Annual administration report of the Civil Veterinary Department of India - 1898-1899
Year: 1898
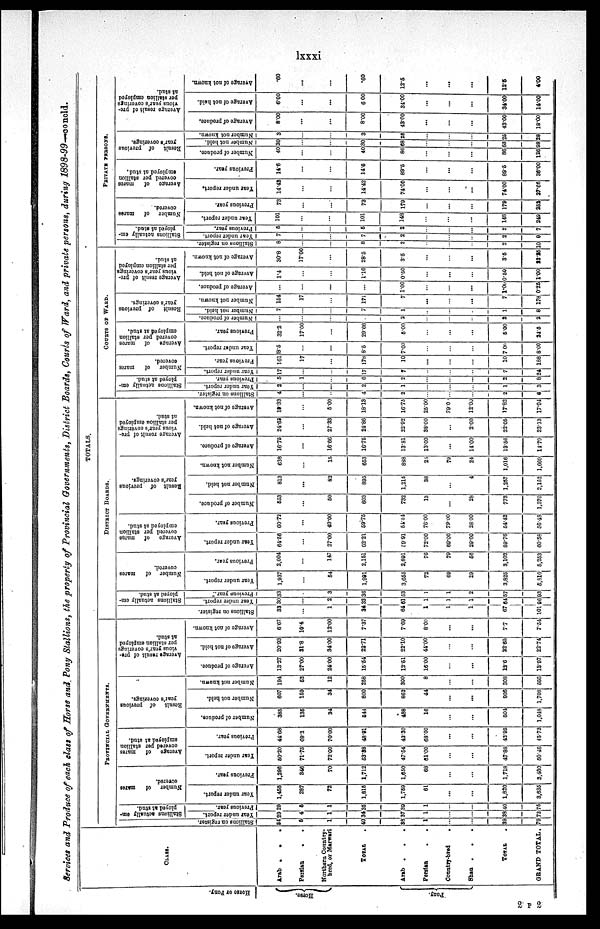
lxxxi
Services and Produce of each class of Horse and Pony Stallions, the property of Provincial Governments, District Boards, Courts of Ward, and private persons, during
1898-99-concld.
Hor s e or Pony.
Horse.
Pony.
CLASS.
Arab
.
.
.
Persian
. .
Northern Country-
bred, or Marwari
TOTAL .
Arab . . .
Persian
.
.
Country-bred
.
Shan .
. .
TOTAL .
GRAND TOTAL.
TOTALS.
PROVINCIAL GOVERNMENTS.
Stallions on register.
34
6
1
40
38
1
...
...
39
79
Stallions actually em-
ployed at stud.
Year
under report.
29
4
1
34
37
1
...
...
38
72
Previous year.
29
5
1
35
30
1
...
...
40
75
Number of
mares
covered.
Year under report.
1,458
287
72
1,816
1,769
61
...
...
1,820
3,635
Previous year.
1,296
346
70
1,712
1,650
68
...
...
1,718
3,480
Average of mares
covered per stallion
employed at stud.
Year under report.
50.20
71.75
72.00
53.38
47.54
61.00
...
...
47.88
50.48
Previous year.
44.68
69.2
70.00
48.91
42.30
68.00
...
...
43.95
45.73
Result of previous
year's coverings.
Number of produce.
385
136
24
544
488
16
...
...
504
1,048
Number not held.
607
169
34
800
862
44
...
...
906
1,706
Number not known.
194
62
12
258
300
8
...
...
308
566
Average result of pre-
vious year's coverings
per stallion employed
at stud.
Average of produce.
13.27
27.00
24.00
15.54
12.51
16.00
...
...
12.6
13.97
Average of not held.
20.93
31.8
34.00
22.71
22.10
44.00
...
...
22.65
22.74
Average of not known.
6.67
10.4
12.00
7.37
7.69
8.00
...
...
7.7
7.54
DISTRICT BOARDS.
Stallions actually em-
ployed at stud.
Stallions on register.
33
...
1
34
64
1
1
1
67
101
Year under report.
30
...
2
32
61
1
1
1
64
96
Previous year.
33
...
3
36
53
1
1
2
57
93
Number of
mares
covered.
Year under report.
1,937
...
54
1,991
3,655
72
69
29
3,825
5,816
Previous ye»r.
2,004
...
147
2,161
2,891
76
79
66
3,102
5,253
Average of mares
covered per stallion
employed at stud.
Year under report.
64.56
...
27.00
62.21
59.91
72.00
69.00
29.00
59.76
60.58
Previous year.
60.72
...
49.00
59.75
54.54
76.00
79.00
28.00
54.42
56.48
Result of provious
year's coverings.
Number of produce.
553
...
50
603
732
13
...
28
773
1,376
Number not held.
813
...
82
805
1,216
38
...
4
1,257
2,152
Number not known.
638
...
15
653
838
25
79
24
1,016
1,669
Average result
of pre-
vious year's coverings
per stallion employed
at stud.
Average
of produce.
16.75
...
16.66
16.75
13.81
13.00
...
14.00
13.56
14.79
Average
of not held.
24.63
...
27.33
24.86
22.92
38.00
...
2.00
22.05
23.13
Average
of not known.
19.33
...
5.00
18.13
1676
25.00
79.0
12.00
17.82
17.94
COURTS OF WARD.
Stallions
actually em-
ployed at stud.
Stallions on register.
4
...
...
4
2
...
...
...
2
6
Year
under report.
2
...
...
2
1
...
...
...
1
3
Previous year.
5
1
...
6
2
...
...
...
2
8
Number of
mares
covered.
Year under report.
17
...
...
17
7
...
...
...
7
24
Previous year.
161
17
...
178
10
...
...
...
10
188
Average
of marcs
covered per stallion
employed at stud.
Year under report.
18.5
...
...
8.5
7.00
...
...
...
7 00
8.00
Previous year.
32.2
17.00
...
29.66
5.00
...
...
...
5.00
24.6
Result of previous
year's coverings.
Number of produce.
...
...
...
...
2
...
...
...
2
2
Number not held.
7
...
...
7
1
...
...
...
1
8
Number not known.
154
17
...
171
7
...
...
...
7
178
Average result of pre-
vious year's coverings
per stallion employed
at stud.
Average
of produce.
...
...
...
...
1.00
...
...
...
1.00
0.25
Average
of not held.
1.4
...
...
1.16
0.50
...
...
...
0.50
1.00
Average
of not known.
30.8
17.00
...
28.5
3.5
...
...
...
3.5
22.25
PRIVATE PERSONS.
Stallions on register.
8
...
...
8
2
...
...
...
2
10
Stallions actually em-
ployed at stud.
Year under report.
7
...
...
7
2
...
...
...
2
9
Previous year.
5
...
...
5
2
......
...
...
2
7
Number of mares
covered.
Year under report.
101
...
...
101
148
...
...
...
148
249
Previous year.
73
...
...
73
179
...
...
...
179
252
Average
of mares
covered per stallion
employed at stud.
Year under report.
14.42
...
...
14.42
74.60
...
...
...
74.00
27.66
Previous year.
14.6
...
...
14.6
89.5
...
...
...
89.6
36.00
Result of previous
year's coverings.
Number of produce.
40
...
...
40
86
...
...
...
86
126
Number not hold.
30
...
...
30
68
...
...
...
68
98
Number
not known.
3
...
...
3
25
...
...
...
25
28
Average result
of pre-
vious year's coverings
per stallion employed
at stud.
Average
of produce.
8.00
...
...
8.00
43.00
...
...
...
43.00
18.00
Average
of not held.
6.00
...
...
6 00
34.00
...
...
...
34.00
14.00
Average of not known,
.60
...
...
.60
12.5
...
...
...
12.5
4.00
2 P 2